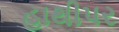
હાથીપર